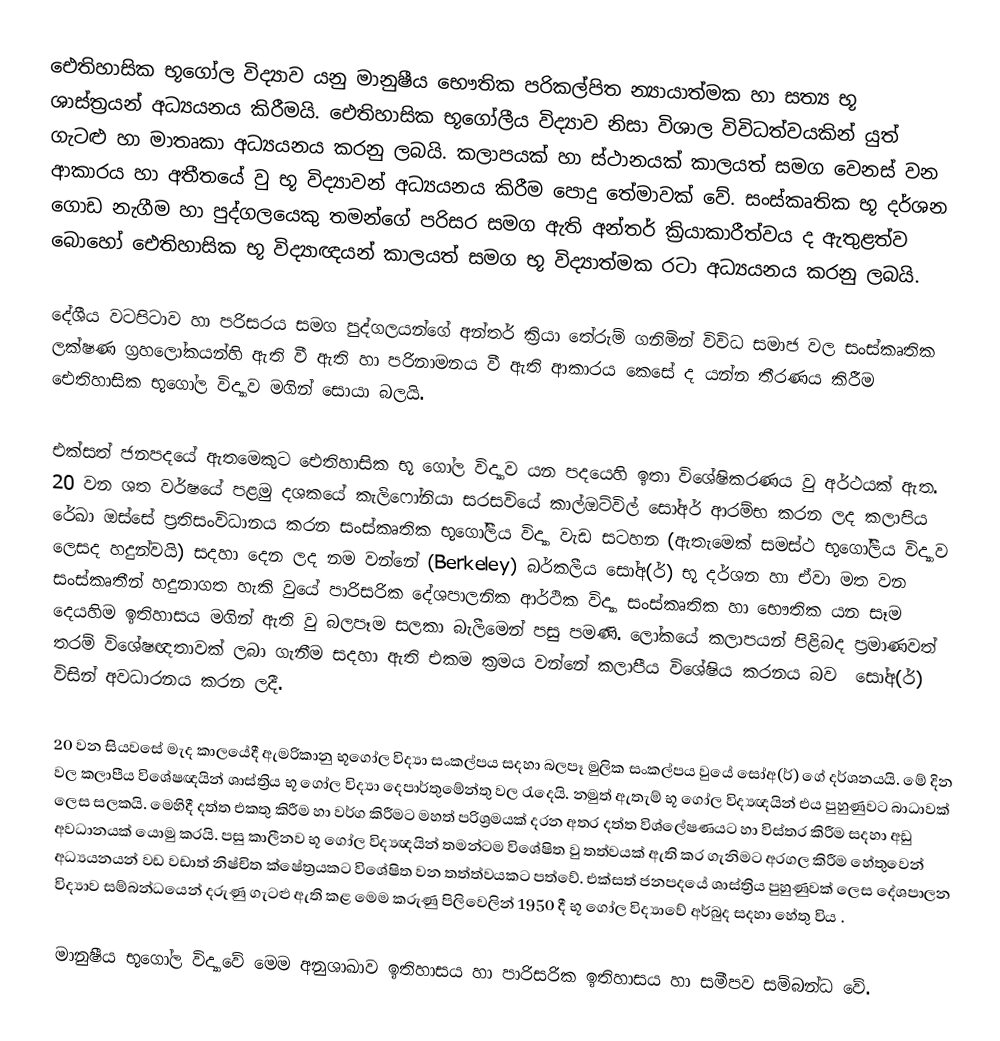
ඓතිහාසික භූගෝල විද්‍යාව යනු මානුෂීය භෞතික පරිකල්පිත න්‍යායාත්මක හා සත්‍ය භූ ශාස්ත්‍රයන් අධ්‍යයනය කිරීමයි. ඓතිහාසික භූගෝලීය විද්‍යාව නිසා විශාල විවිධත්වයකින් යුත් ගැ‍ටළු හා මාතෘකා අධ්‍යයනය කරනු ලබයි. කලාපයක් හා ස්ථානයක් කාලයත් සමග වෙනස් වන ආකාරය හා අතීතයේ වු භූ විද්‍යාවන් අධ්‍යයනය කිරීම පොදු තේමාවක් වේ. සංස්කෘතික භූ දර්ශන ගොඩ නැගීම හා පුද්ගලයෙකු තමන්ගේ පරිසර සමග ඇති අන්තර් ක්‍රියාකාරීත්වය ද ඇතුළත්ව බොහෝ ඓතිහාසික භූ විද්‍යාඥයන් කාලයත් සමග භූ විද්‍යාත්මක රටා අධ්‍යයනය කරනු ලබයි.

දේශීය වටපිටාව හා පරිසරය සමග පුද්ගලයන්ගේ අන්තර් ක්‍රියා තේරුම් ගනිමින් විවිධ සමාජ වල සංස්කෘතික ලක්ෂණ ග්‍රහලෝකයන්හි ඇති වී ඇති හා පරිනාමනය වී ඇති ආකාරය කෙසේ ද යන්න තීරණය කිරීම ඓතිහාසික භූගෝල විද්‍යාව මගින් සොයා බලයි.

එක්සත් ජනපදයේ ඇතමෙකුට ඓතිහාසික භූ ගෝල විද්‍යාව යන පදයෙහි ඉතා විශේෂිකරණය වු අර්ථයක් ඇත. 20 වන ශත වර්ෂයේ පළමු දශකයේ කැලිෆෝනියා සරසවියේ කාල්ඔට්විල් සෝඅර් ආරම්භ කරන ලද කලාපිය රේඛා ඔස්සේ ප්‍රතිසංවිධානය කරන සංස්කෘතික භූගෝලීය විද්‍යා වැඩ සටහන (ඇතැමෙක් සමස්ථ භූගෝලීය විද්‍යාව ලෙසද හදුන්වයි) සදහා දෙන ලද නම වන්නේ (Berkeley) බර්කලීය සෝඅ(ර්) භූ දර්ශන හා ඒවා මත වන සංස්කෘතීන් හදුනාගත හැකි වුයේ පාරිසරික දේශපාලනික ආර්ථික විද්‍යා සංස්කෘතික හා භෞතික යන සෑම දෙයහිම ඉතිහාසය මගින් ඇති වු බලපෑම සලකා බැලීමෙන් පසු පමණි. ලෝකයේ කලාපයන් පිළිබද ප්‍රමාණවත් තරම් විශේෂඥතාවක් ලබා ගැනීම සදහා ඇති එකම ක්‍රමය වන්නේ කලාපීය විශේෂිය කරනය බව ‍ සෝඅ(ර්) විසින් අවධාරනය කරන ලදී.

20 වන සියවසේ මැද කාලයේදී ඇමරිකානු භූගෝල විද්‍යා සංකල්පය සදහා බලපෑ මුලික සංකල්පය වුයේ  සෝඅ(ර්) ගේ දර්ශනයයි. මේ දින වල කලාපීය විශේෂඥයින් ශාස්ත්‍රිය භූ ගෝල විද්‍යා දෙපාර්තුමේන්තු වල රැදෙයි. නමුත් ඇතැම් භූ ගෝල විද්‍යඥයින් එය පුහුණුවට බාධාවක් ලෙස සලකයි. මෙහිදී දත්ත එකතු කිරීම හා වර්ග කිරීමට මහත් පරිශ්‍රමයක් දරන අතර දත්ත විශ්ලේෂණයට හා විස්තර කිරීම සදහා අඩු අවධානයක් යොමු කරයි. පසු කාලීනව භූ ගෝල විද්‍යඥයින් තමන්ටම විශේෂිත වු තත්වයක් ඇති කර ගැනිමට අරගල කිරීම හේතුවෙන් අධ්‍යයනයන් වඩ වඩාත් නිෂ්චිත ක්ෂේත්‍රයකට විශේෂිත වන තත්ත්වයකට පත්වේ. එක්සත් ජනපදයේ ශාස්ත්‍රිය පුහුණුවක් ලෙස දේශපාලන විද්‍යාව සම්බන්ධයෙන් දරුණු ගැටළු ඇති කළ මෙම කරුණු පිලිවෙලින් 1950 දී භූ ගෝල විද්‍යාවේ අර්බුද සදහා හේතු විය .

මානුෂීය භූගෝල විද්‍යාවේ මෙම අනුශාඛාව ඉතිහාසය හා පාරිසරික ඉතිහාසය හා සමීපව සම්බන්ධ වේ.